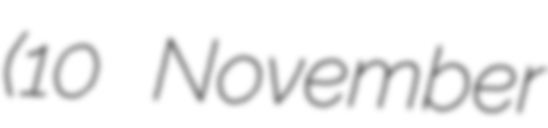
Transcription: (10 November